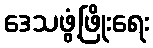
ဒေသဖွံ့ဖြိုးရေး